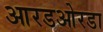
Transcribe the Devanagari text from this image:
आरडओरडा